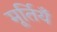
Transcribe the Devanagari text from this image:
मूर्तियँ